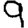
Digit: 9